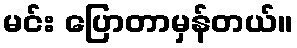
မင်း ပြောတာမှန်တယ်။